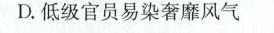
D.低级官员易染奢靡风气